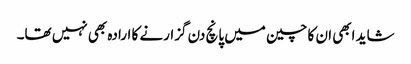
شاید ابھی ان کا چین میں پانچ دن گزارنے کا ارادہ بھی نہیں تھا۔